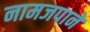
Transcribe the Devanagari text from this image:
नामजपाने